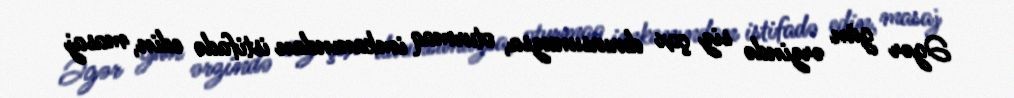
Əgər gün ərzində siz çox durursunuzsa, oturmaq imkanından istifadə edin, masaj